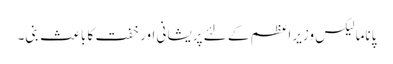
پاناما لیکس وزیراعظم کے لئے پریشانی اور خفت کا باعث بنی۔